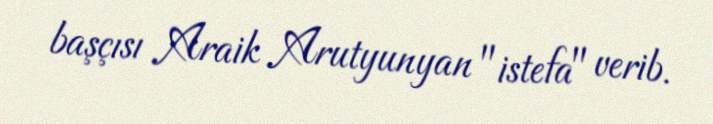
başçısı Araik Arutyunyan "istefa" verib.